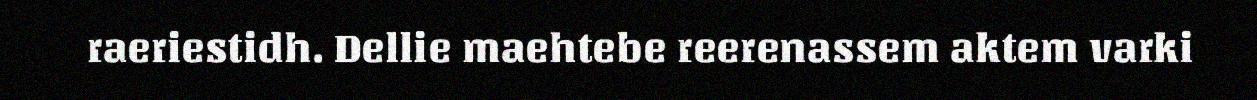
raeriestidh. Dellie maehtebe reerenassem aktem varki